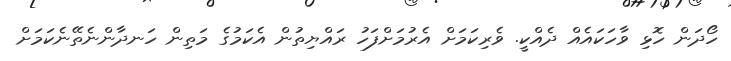
ހޯދަން ހޮޅި ވާހަކައެއް ދެއްކީ. ވެރިކަމަށް އެރުމަށްފަހު ރައްޔިތުން އެކަމުގެ މަތިން ހަނދާންނެތޭނެކަމަށް